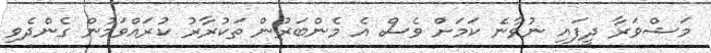
މަޝްވަރާ ދީފައި ނުވާނެ ކަމަށް ވެސް އެ މެންބަރުން ތަކުރާރު ކުރައްވަމުން ގެންދެވި